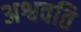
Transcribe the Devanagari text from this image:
अश्ववति